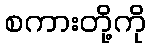
စကားတို့ကို